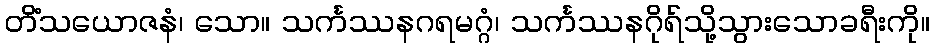
တိံသယောဇနံ၊ သော။ သင်္ကဿနဂရမဂ္ဂံ၊ သင်္ကဿနဂိုရ်သို့သွားသောခရီးကို။